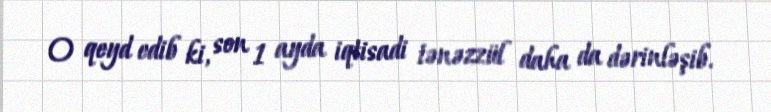
O qeyd edib ki, son 1 ayda iqtisadi tənəzzül daha da dərinləşib.